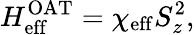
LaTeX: H_{\mathrm{eff}}^{\mathrm{OAT}}=\chi_{\mathrm{eff}}S_{z}^{2},